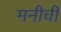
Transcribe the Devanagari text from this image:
मनीची